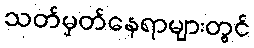
သတ်မှတ်နေရာများတွင်